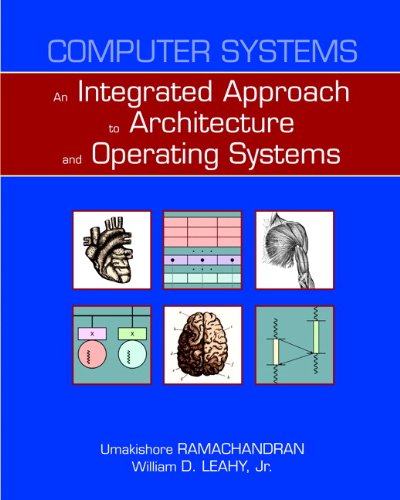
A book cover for Computer Systems: An Integrated Approach to Architecture and Operating Systems; Umakishore Ramachandran; Computers & Technology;